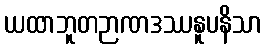
ယထာဘူတဉာဏဒဿနူပနိသာ